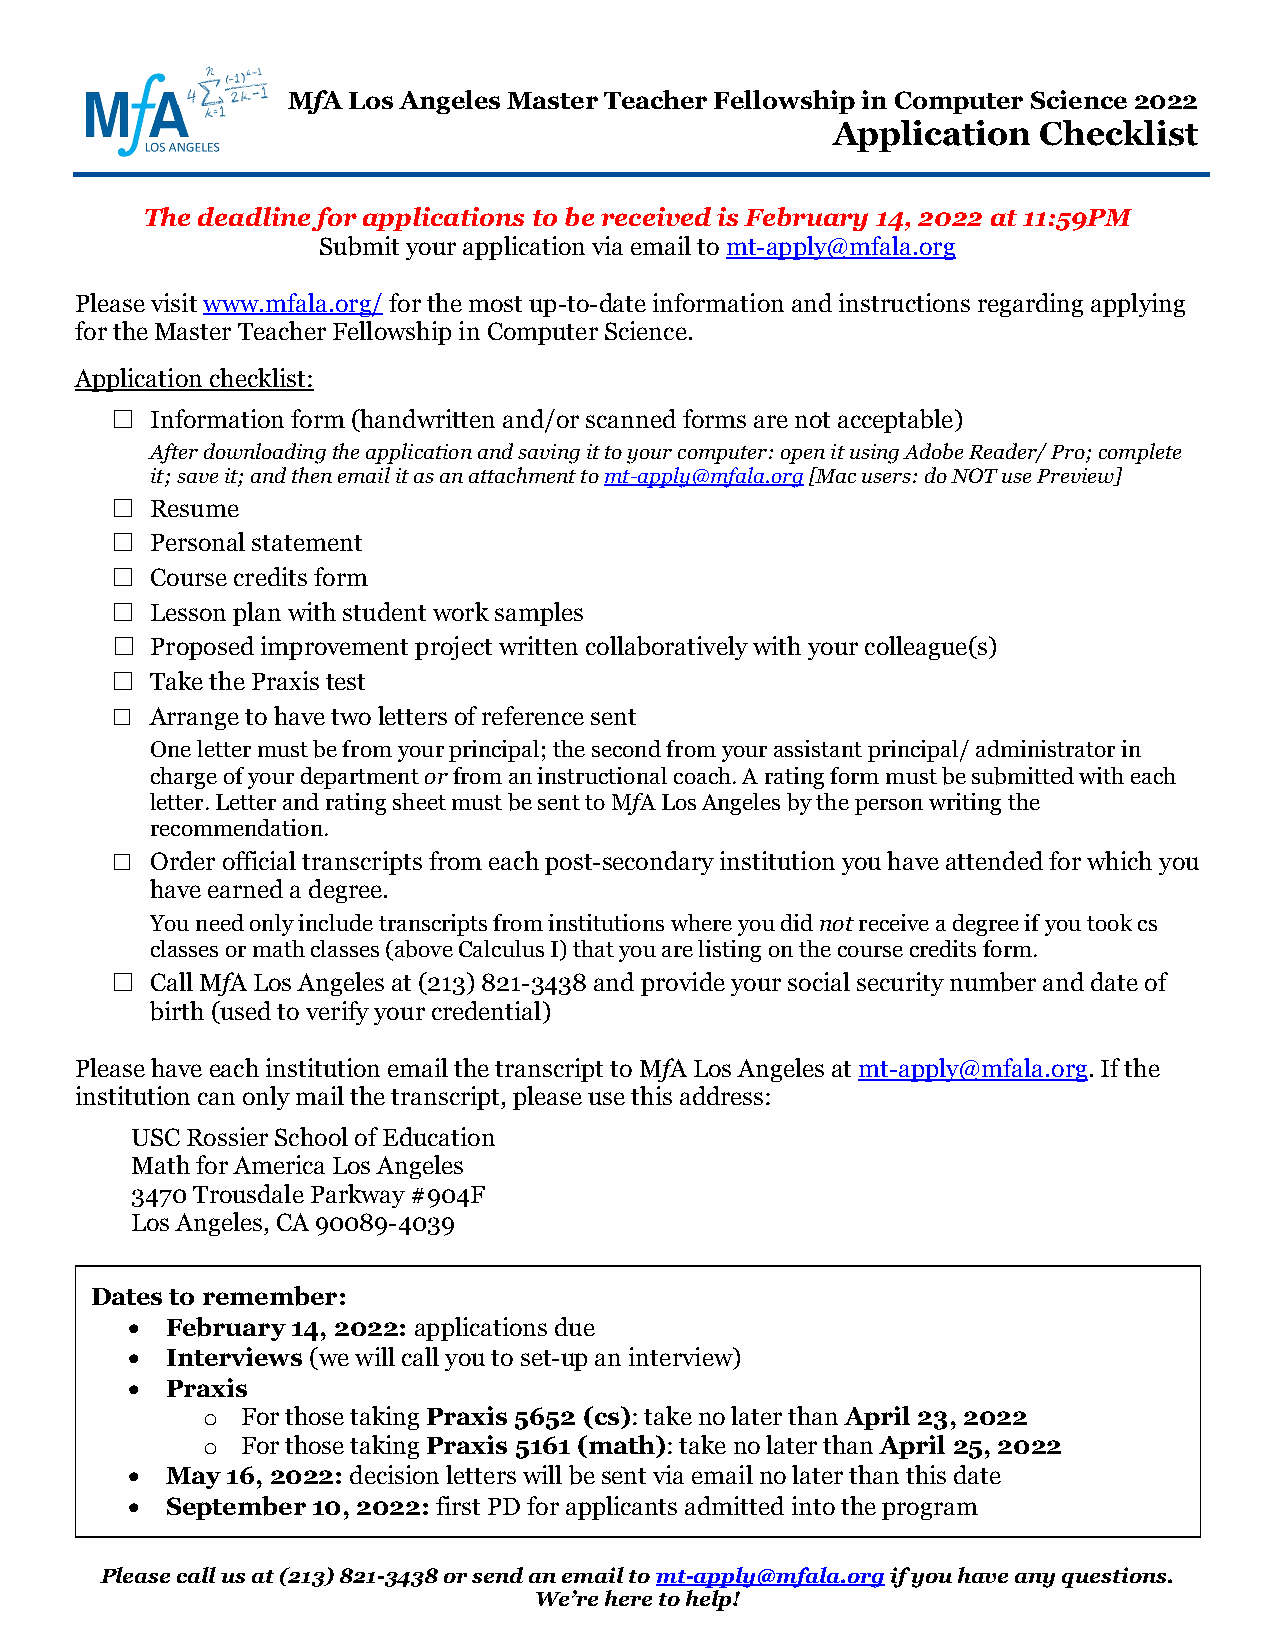
MfA Los Angeles Master Teacher Fellowship in Computer Science 2022
 Application   Checklist
 The deadline for applications to be received is February 14, 2022 at 11:59PM
 Submit your application via email to mt-apply@mfala.org
 Please visit www.mfala.org/ for the most up-to-date information and instructions regarding applying
 for the Master Teacher Fellowship in Computer Science.
 Application checklist:
   Information form (handwritten and/or scanned forms are not acceptable)
 After downloading the application and saving it to your computer: open it using Adobe Reader/ Pro; complete
 it; save it; and then email it as an attachment to mt-apply@mfala.org [Mac users: do NOT use Preview]
   Resume
   Personal statement
   Course credits form
   Lesson plan with student work samples
   Proposed improvement project written collaboratively with your colleague(s)
   Take the Praxis test
   Arrange to have two letters of reference sent
 One letter must be from your principal; the second from your assistant principal/ administrator in
 charge of your department or from an instructional coach. A rating form must be submitted with each
 letter. Letter and rating sheet must be sent to MfA Los Angeles by the person writing the
 recommendation.
   Order official transcripts from each post-secondary institution you have attended for which you
 have earned a degree.
 You need only include transcripts from institutions where you did not receive a degree if you took cs
 classes or math classes (above Calculus I) that you are listing on the course credits form.
   Call MfA Los Angeles at (213) 821-3438 and provide your social security number and date of
 birth (used to verify your credential)
 Please have each institution email the transcript to MfA Los Angeles at mt-apply@mfala.org. If the
 institution can only mail the transcript, please use this address:
 USC Rossier School of Education
 Math for America Los Angeles
 3470 Trousdale Parkway #904F
 Los Angeles, CA 90089-4039
 Dates to remember:
 •  February 14, 2022: applications due
 •  Interviews (we will call you to set-up an interview)
 •  Praxis
 For those taking Praxis 5652 (cs): take no later than April 23, 2022
 o
 For those taking Praxis 5161 (math): take no later than April 25, 2022
 o
 •  May 16, 2022: decision letters will be sent via email no later than this date
 •  September 10, 2022: first PD for applicants admitted into the program
 Please call us at (213) 821-3438 or send an email to mt-apply@mfala.org if you have any questions.
 We’re here to help!